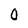
Character: 0